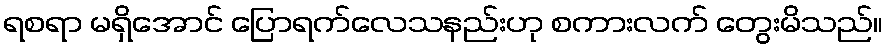
ရစရာ မရှိအောင် ပြောရက်လေသနည်းဟု စကားလက် တွေးမိသည်။